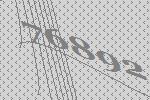
76892